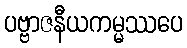
ပဗ္ဗာဇနီယကမ္မဿပေ